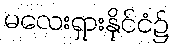
မလေးရှားနိုင်ငံ၌